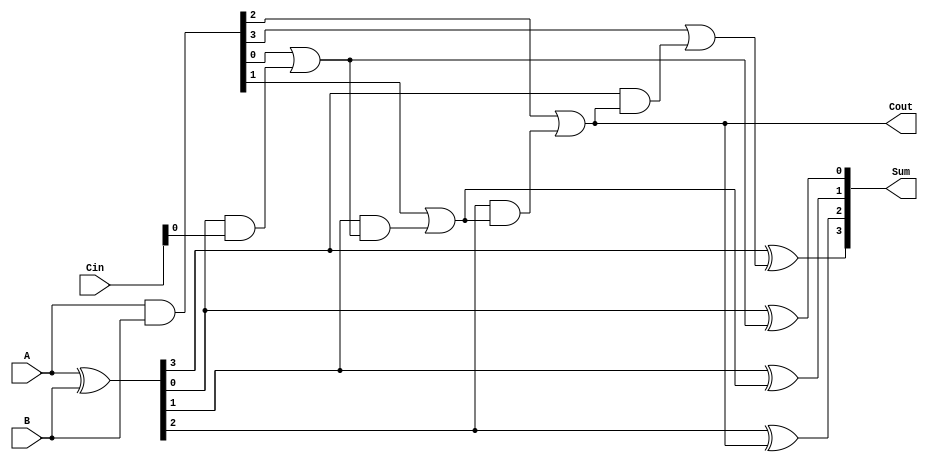
`timescale 1ns / 1ps

module CLA(
    input [4:1] A,
    input [4:1] B,
    input [4:0] Cin,
    output [4:1] Sum,
    output Cout
    );
    
    wire [4:1] prop, gen;
    
    assign gen = A&B;
    assign prop = A^B;
    genvar i;
    
//    assign Cin[0] = 0;
    for (i = 1; i <= 4; i = i + 1) begin
        assign Cin[i] = gen[i] | prop[i]&Cin[i - 1];
        assign Sum[i] = prop[i]^Cin[i];
    end
    
    assign Cout = Cin[3];
    
endmodule